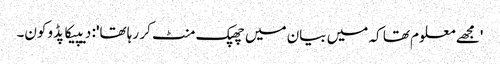
'مجھے معلوم تھا کہ میں بیان میں چھپک منٹ کر رہا تھا': دیپیکا پڈوکون۔